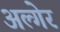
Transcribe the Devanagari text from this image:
अल्गेर